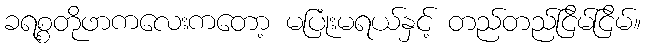
ခရစ္စတိုဖာကလေးကတော့ မပြုံးမရယ်နှင့် တည်တည်ငြိမ်ငြိမ်။